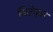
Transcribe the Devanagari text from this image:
थिटेबुवा